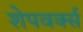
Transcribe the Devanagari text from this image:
शेपवर्क्स